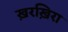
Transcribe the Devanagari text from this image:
ख़रख़िरा